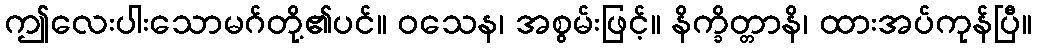
ဤလေးပါးသောမဂ်တို့၏ပင်။ ဝသေန၊ အစွမ်းဖြင့်။ နိက္ခိတ္တာနိ၊ ထားအပ်ကုန်ပြီ။